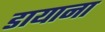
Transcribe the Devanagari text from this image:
डायाना